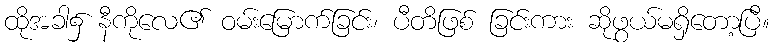
ထိုအခါ၌ နီကိုလေ၏ ဝမ်းမြောက်ခြင်း၊ ပီတိဖြစ် ခြင်းကား ဆိုဖွယ်မရှိတော့ပြီ။